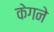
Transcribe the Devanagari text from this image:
केगने